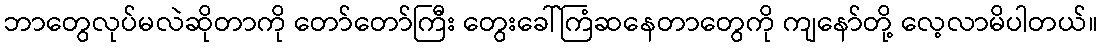
ဘာတွေလုပ်မလဲဆိုတာကို တော်တော်ကြီး တွေးခေါ်ကြံဆနေတာတွေကို ကျနော်တို့ လေ့လာမိပါတယ်။